Annual report of the Bengal Veterinary College, and of the Civil Veterinary Department, Bengal, for the year 1901-1902 - 1901-1902
Year: 1901
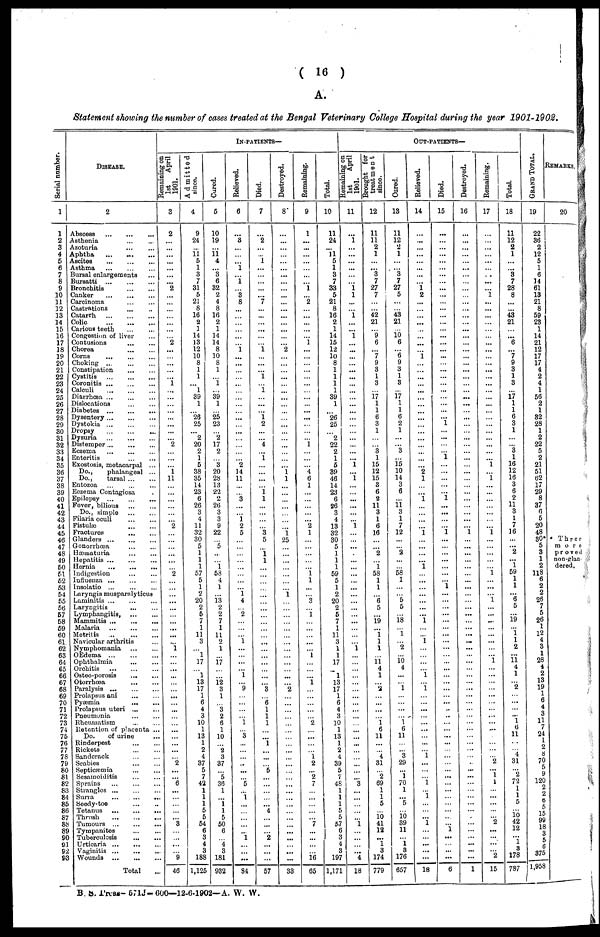
( 16 )
A.
Statement showing the number of cases treated at the Bengal Veterinary College Hospital during the pear 1901-1902.
Ser i al number.
1
1
2
3
4
5
6
7
8
9
10
11
12
13
14
15
16
17
18
19
20
21
22
23
24
25
26
27
28
29
30
31
32
33
34
35
36
37
38
39
40
41
42
43
44
45
46
47
48
49
50
51
52
53
54
55
56
57
58
59
60
61.
62
63
64
65
66
67
68
69
70
71
72
73
74
75
76
77
78
79
80
81
82
83
84
85
86
87
88
89
90
91
92
93
Disease.
2
Abscess
...
...
...
Asthenia ... ...
Azoturia ... ...
Aphtha
...
...
...
Ascites
...
...
...
Asthma
...
...
...
Bursal enlargements ...
Bursatti
...
...
...
Bronchitis
...
...
...
Canker
...
...
...
Carcinoma
...
...
...
Castrations ... ... ...
Catarrh
...
...
...
Colic
...
...
...
Carious teeth ... ...
Congestion of liver ...
Contusions
...
...
Chorea
...
...
Corns ... ... ...
Choking ... ... ...
Constipation ... ... ...
Cystitis
...
...
...
Coronitis
...
...
...
Calculi
...
...
...
Diarrhæa
...
...
...
Dislocations
...
...
...
Diabetes ... ... ...
Dysentery
...
...
...
Dystokia
...
...
...
Dropsy ... ... ...
Dysuria
...
...
...
Distemper
...
...
...
Eczema
...
...
...
Enteritis
...
...
Exostosis, metacarpal ...
Do.,
phalangeal ...
Do.,
tarsal
...
...
Entozoa ... ... ...
Eozema Contagiosa ...
Epilepsy
...
...
...
Fever, bilious
...
...
Do., simple ... ...
Filaria oculi
...
...
Fistulæ
...
...
Fractures
...
...
Glanders
...
...
...
Gonorrhæa ... ...
Hæmaturia
...
...
Hepatitis ... ... ...
Hernia
...
...
...
Indigestion ... ... ...
Influenza ... ... ...
Insolatio ... ... ...
Laryngis musparalyticus
Laminitis
...
...
...
Laryngitis ... ... ...
Lymphangitis, ... ...
Mammitis
...
...
...
Malaria
...
...
...
Metritis ... ... ...
Navicular arthritis ...
Nymphomania
...
...
OEdema
...
...
...
Ophthalmia ... ...
Orchitis
...
...
...
Osteo-porosis
...
...
Otorrhæa
...
...
Paralysis
...
...
...
Prolapsus ani
...
...
Pyæmia
...
...
Prolapsus uteri
...
...
Pneumonia
...
...
Rheumatism ... ...
Retention of placenta ...
Do.
of urine ...
Rinderpest
...
...
Rickets ... ...
Sanderack
...
...
Scabies
...
...
Septicæmia ... ...
Sesamoiditis ... ...
Sprains
...
...
...
Strangles ... ... ...
Surra
...
...
...
Seedy-toe ... ...
Tetanus
...
...
...
Thrush
...
...
...
Tumours
...
...
...
Tympanites ... ...
Tuberculosis
...
...
Urticaria
...
...
...
Vaginitis ... ... ...
Wounds
...
...
...
Total ...
In-patients—
Remaining on
1st
April
1901.
3
2
...
...
...
... ...
...
...
2
...
...
...
...
...
...
... 2
...
...
...
...
...
1
...
...
...
...
...
...
...
... 2
... ...
...
1
11
...
...
...
...
...
... 2
...
...
...
...
...
... 2
...
...
... ...
...
...
...
...
...
...
1
...
...
...
...
...
...
...
... ...
...
...
...
...
...
...
... 2
...
... 6
...
...
...
...
... 3
...
... ...
... 9
46
Admitted
since.
4
9
24
...
11 5
1
3
7
31
5
21
8
16
2
1
14
13
12
10
8
1
1
... 1
39
1
... 26
25
...
2
20
2
1
5
38
35
14
23
6
26
3
4
11
32
30
5
1
1
1
57
5
1
2
20
2
5
7
1
11
3
... l
17
... 1
13
17
1
6
4
3
10
1
13
1
2
4
37
5
7
42
1
1
1
5
5
54
6
3
4
3
188
1,125
Cured.
5
10
19
... 11
4
... 3
6
32
2
4
8
16
2
1
14
14
8
10
8
1
...
1
... 89
1
... 25
23
...
"2
17
2
3
20
28
13
22
2
26
3
3
9
22
... 5
...
l
58
4
1
...
13
2
2
7
1
11
2
1
...
17
...
12
3
1
... 3
2
6
1
10
... 2
3
37
... *5
36
1
...
1 1
5
50
6
... 4
3
181
932
Relieved.
6
...
3
...
...
...
1
...
1
... 3
8
...
...
...
...
...
...
1
...
...
...
...
...
...
...
...
...
...
...
...
...
...
... 2
14
11
...
... 3
...
...
1 2
5
...
...
...
...
...
...
...
1 4
... 2
...
...
...
1
... ...
... 1
9
...
...
...
... 1
... 3
...
...
...
..
...
5
1
...
...
1
...
... ...
84
Died.
7
...
2
...
...
1
...
...
...
...
...
7
...
...
...
...
1
...
...
... 1
... 1
...
...
... 1
2
...
... 4
... 1
...
...
...
1 1
...
...
...
... 3
5
...
1 1
...
...
...
...
...
...
...
...
...
...
...
...
...
...
...
...
3
6
1
1
1
...
...
1
...
...
5
...
...
...
...
... 4
...
...
...
2
...
...
...
57
Destroyed.
8*
...
...
...
...
...
...
...
...
...
...
...
...
...
2
...
...
...
...
...
...
...
...
...
...
...
...
...
...
1 1
...
...
...
...
...
...
...
1
25
...
...
...
...
...
1
...
...
...
...
...
...
...
...
...
...
...
...
2
...
...
...
...
...
...
...
...
...
...
...
...
...
...
...
...
...
...
...
...
...
...
... ...
33
Remaining.
9
1
...
...
...
...
...
...
1
... 2
...
...
...
...
...
1
...
...
...
...
...
...
...
...
...
...
...
...
...
...
1
...
...
4
6
1
...
...
...
...
... 2
1
...
...
...
...
...
1 1
...
... 3
...
1
...
...
...
...
...
1
...
...
...
1
...
...
...
...
... 2
...
...
... 1 2
... 2
7
...
...
...
...
...
7
...
...
...
16
65
Total.
10
11
24
...
11
5
1
3
7
33
5
21
8
16
2
1
14
15
12
10
8
1
1
1
1
39
1
26
25
...
2
22
2
1
5
39
46
14
23
6
26
3
4
13
32
30
5
1
1
1
59
5
1
2
20
2
5
7
1
11
3
1
1
17
13
17
1
6
4
3
10
1
13
1
2
4
39
5
7
48
1
1
1
5
5
57
6
3
4
3
197
1,171
Out-patients—
Remainmg on
1st
April
1901.
11
...
l
...
...
...
...
...
...
1 1
...
...
1
...
...
1
...
...
...
...
...
...
...
...
...
...
...
...
...
...
... 1
... 1
...
...
...
...
...
...
1
...
...
...
...
...
...
...
...
...
...
...
...
...
...
...
...
1
...
...
...
...
...
...
...
...
...
...
...
...
...
3
...
...
...
...
...
1
...
...
...
... 4
18
Brought
for
treatment
since.
12
11
11
2
1
...
... 3
7
27
7
...
... 42
21
... 9
6
...
7
9
3
1
3
...
17
1
1
6
3
1
...
... "3
1
15
12
15
3
6
2
11
3
1
6
16
...
...
2
l
58
1
1
... 6
5
...
19
...
1 1
1
11 4
1
...
2
...
...
...
... 1 6
11
4
31
... 2
69
1
1
5
10 41
12
... 1
3
174
779
Cured.
13
11
12
2
1
...
...
7
27
5
...
... 43
21
...
10 6
... 6
9
3
1
3
...
17
1
1
6
2
1
...
... 3
... 15
10
14
3
6
...
11 3
1
7
12
...
... 2
...
... 58
1
...
... 5
5
... 18
...
1
... 2
... 10 4
...
...
1
...
... ...
...
1 6
11
3
29
... 1
70
1
... 5
... 10
39
11
... i
3
176
657
Relieved.
14
...
...
...
...
...
...
...
1 2
...
...
...
...
...
...
...
...
1
...
...
...
...
...
...
...
...
...
...
...
...
...
...
2
1
...
...
1
...
...
...
...
1
...
...
...
...
1
...
...
...
...
...
...
... 1
...
...
1
...
...
...
... 1
1
...
... ...
...
...
...
... i
...
...
1
... 1
...
... 1
...
...
...
...
...
18
Died.
15
...
...
...
...
...
...
...
...
...
...
...
...
...
...
...
...
...
...
...
...
...
... ...
...
"i
...
...
...
1
...
...
...
...
... 1
...
...
...
...
1
...
...
...
...
...
...
... 1
...
...
...
...
...
...
...
...
...
...
...
...
...
..
...
...
...
...
...
...
...
...
...
...
...
...
...
...
...
... 1
...
...
...
...
6
Destroyed.
16
...
...
...
...
...
...
...
...
...
...
...
...
...
...
...
...
...
...
...
...
...
...
...
...
...
...
...
...
...
...
...
...
...
...
...
...
...
...
...
...
...
1
...
...
...
...
...
...
...
...
...
...
...
...
...
...
...
...
...
...
...
...
...
...
...
...
...
...
...
...
...
...
...
...
...
...
...
...
...
...
...
...
... ...
...
...
1
Remaining.
17
...
...
...
...
...
...
...
...
l
...
...
...
...
...
...
...
...
...
...
...
...
...
...
...
...
...
...
...
...
...
...
...
...
1
...
1
...
...
...
...
...
...
...
1
...
...
...
...
1
... ...
1
...
...
...
...
...
...
1
...
...
...
...
...
...
...
...
... ....
...
...
...
2
... 1
1
... ...
...
...
2
...
...
...
... "2
15
Total.
18
11
12
2
1
...
...
3
7
28
8
...
...
43
21
...
...
6
7
9
3
1
3
...
17
1
1
6
3
1
...
... 3
1
16
12
16
3
6
2
11
3
1
7
16
...
... 2
... 1
59
1
1
... 6
5
...
19
1 1
2
...
11
4
1
... 2
...
...
...
... 1
6
11
...
... 4
31
2
72
1
1
5
... 10
42
12
... 1
3
178
787
Gr a nd Tot al .
19
22
36
2
12
5
1
6
14
61
13
21
8
59
23
1
14
21
12
17
17
4
2
4
1
56
2
1
32
28
1
2
22
5
2
21
51
62
17
29
8
37
6
5
20
48
30*
5
3
1
2
118
6
2
2
26
7
5
26
1
12
4
3
1
28
4
2
13
19
1
6
4
3
11
7
24
1
2
8
70
5
9
120
2
2
6
5
15
99
18
0
5
0
375
1,958
Remarks,
20
* Three
more
proved
non-glan-
dered,
B. S, Press— 671J-600—12-6-1902—A. W. W.